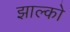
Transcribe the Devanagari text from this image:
झाल्को